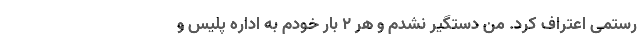
رستمی اعتراف کرد. من دستگیر نشدم و هر ۲ بار خودم به اداره پلیس و